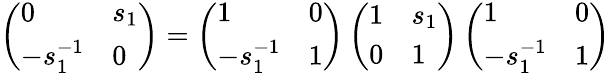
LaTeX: \left(\begin{array}{ll}{0}&{s_{1}}\\ {-s_{1}^{-1}}&{0}\end{array}\right)=\left(\begin{array}{ll}{1}&{0}\\ {-s_{1}^{-1}}&{1}\end{array}\right)\left(\begin{array}{ll}{1}&{s_{1}}\\ {0}&{1}\end{array}\right)\left(\begin{array}{ll}{1}&{0}\\ {-s_{1}^{-1}}&{1}\end{array}\right)